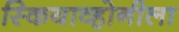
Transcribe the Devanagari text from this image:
स्कियाव्होनीला